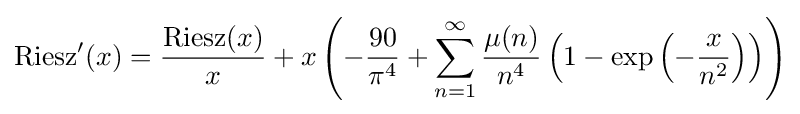
{\rm {Riesz}}'(x)={\frac {{\text{Riesz}}(x)}{x}}+x\left(-{\frac {90}{\pi ^{4}}}+\sum _{n=1}^{\infty }{\frac {\mu (n)}{n^{4}}}\left(1-\exp \left(-{\frac {x}{n^{2}}}\right)\right)\right)